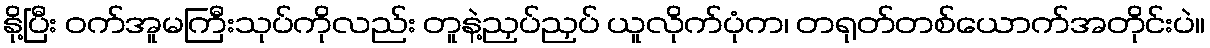
နို့ပြီး ဝက်အူမကြီးသုပ်ကိုလည်း တူနဲ့ညှပ်ညှပ် ယူလိုက်ပုံက၊ တရုတ်တစ်ယောက်အတိုင်းပဲ။